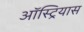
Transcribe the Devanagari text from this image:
ऑस्ट्रियास